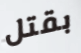
بقتل